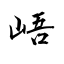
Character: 峿